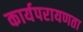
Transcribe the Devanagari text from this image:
कार्यपरायणता